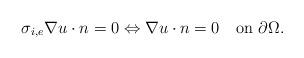
LaTeX: \begin{align*}\sigma_{i,e}\nabla u\cdot n=0\Leftrightarrow\nabla u\cdot n=0~~~{\rm on}~\partial\Omega. \end{align*}